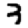
Digit: 3